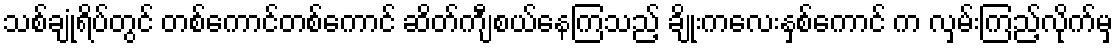
သစ်ချုံရိပ်တွင် တစ်ကောင်တစ်ကောင် ဆိတ်ကျီစယ်နေကြသည့် ချိုးကလေးနှစ်ကောင် က လှမ်းကြည့်လိုက်မှ